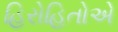
હિરોહિતોએ